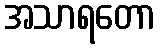
အသာရတော